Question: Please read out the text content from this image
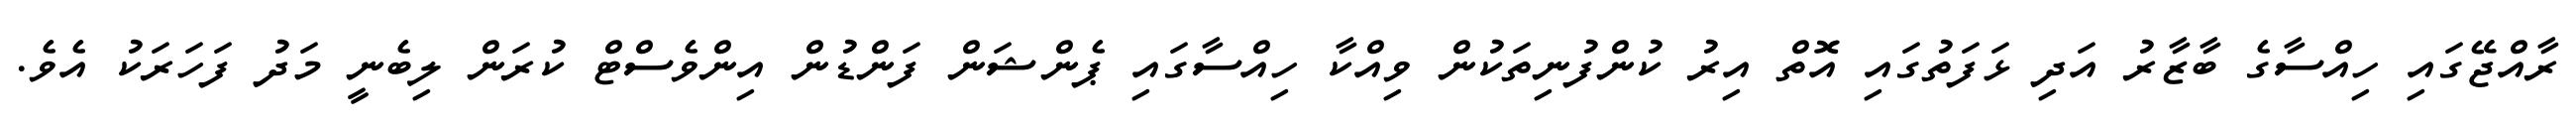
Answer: ރާއްޖޭގައި ހިއްސާގެ ބާޒާރު އަދި ޅަފަތުގައި އޮތް އިރު ކުންފުނިތަކުން ވިއްކާ ހިއްސާގައި ޕެންޝަން ފަންޑުން އިންވެސްޓް ކުރަން ލިބެނީ މަދު ފަހަރަކު އެވެ.